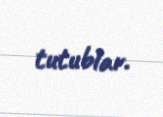
tutublar.